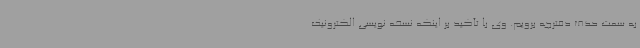
به سمت حذف دفترچه برویم. وی با تأکید بر اینکه نسخه نویسی الکترونیک